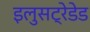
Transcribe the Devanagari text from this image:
इलुसट्रेडेड